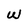
Character: W